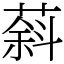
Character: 䔑